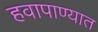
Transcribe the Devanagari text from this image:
हवापाण्यात